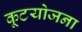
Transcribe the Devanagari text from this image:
कूटयोजना